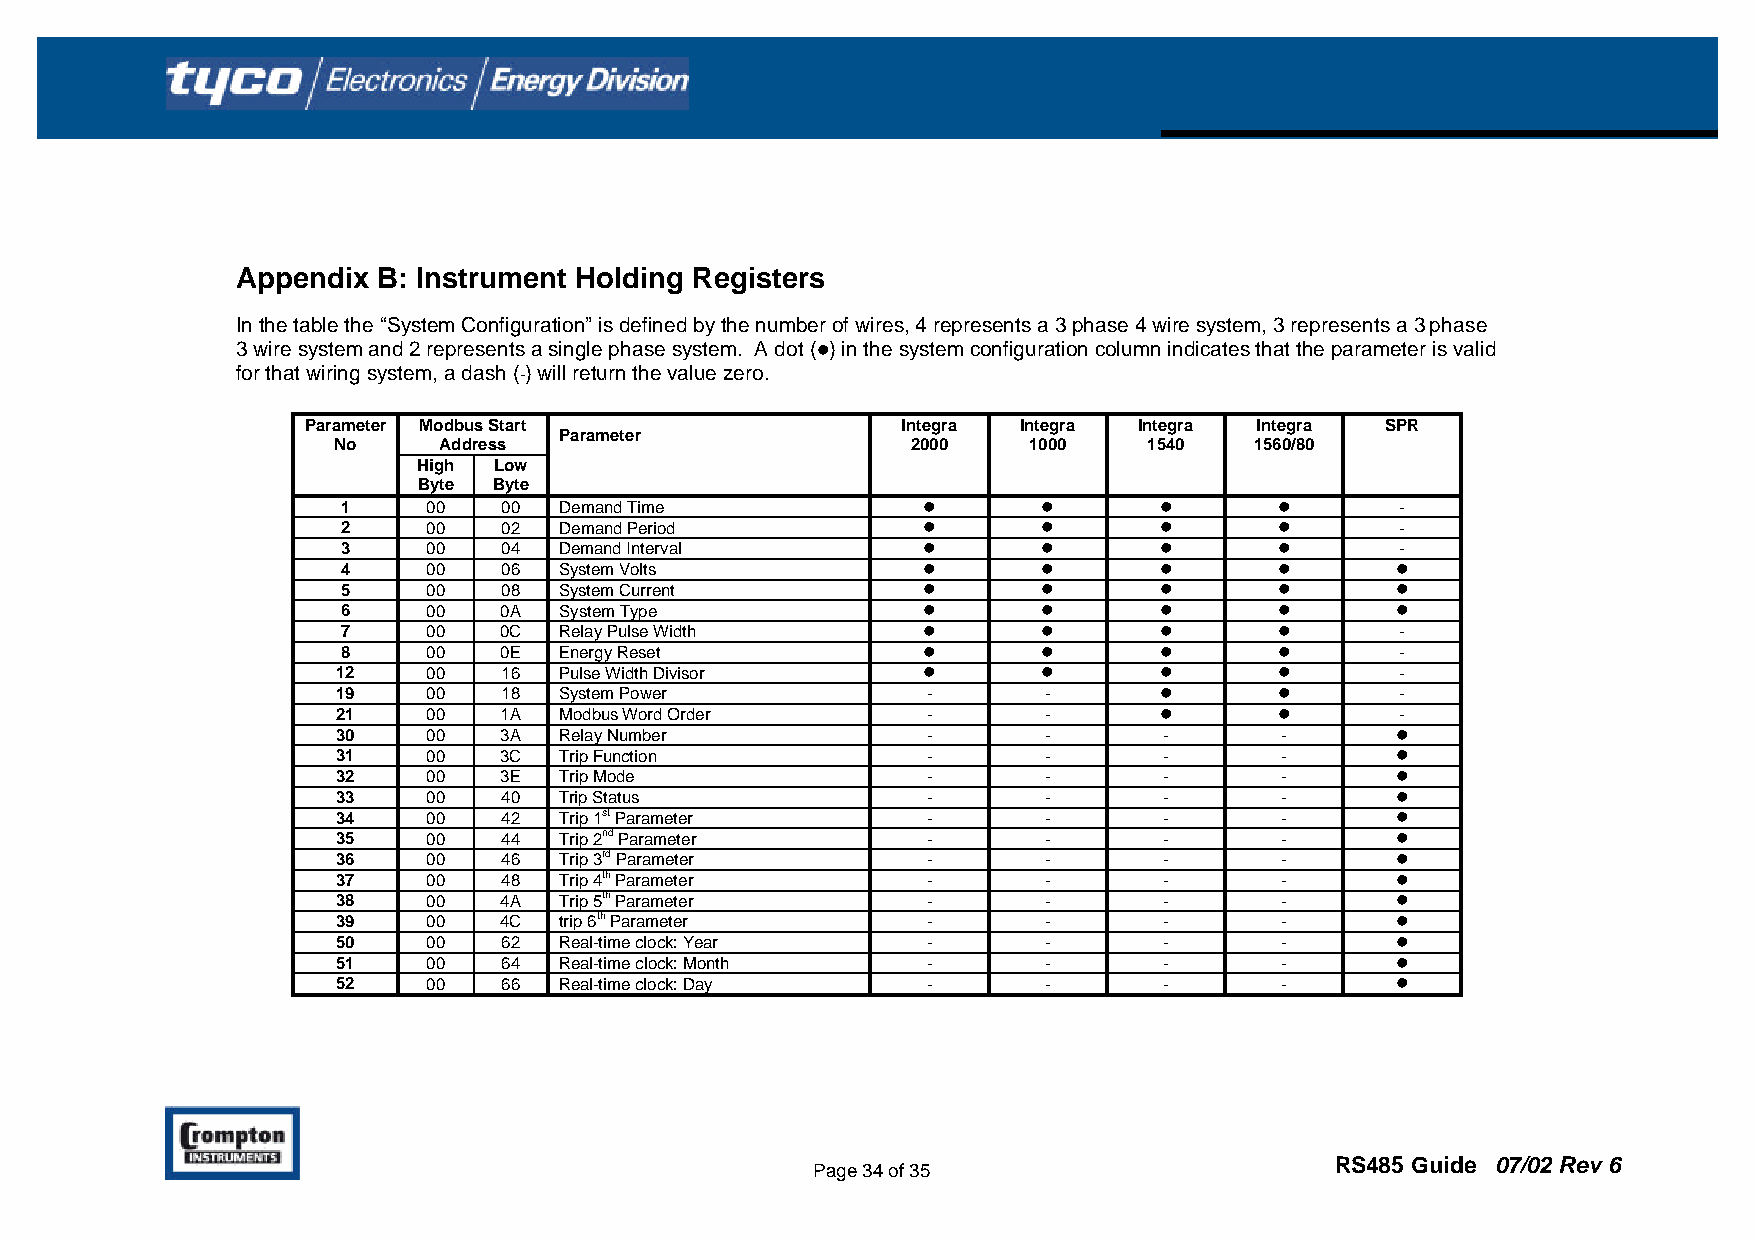
Appendix B: Instrument Holding Registers
 In the table the “System Configuration” is defined by the number of wires, 4 represents a 3 phase 4 wire system, 3 represents a 3 phase
 3 wire system and 2 represents a single phase system. A dot (l) in the system configuration column indicates that the parameter is valid
 for that wiring system, a dash (-) will return the value zero.
 Parameter Modbus Start                  Integra Integra Integra Integra SPR
 Parameter
 No     Address                        2000    1000    1540   1560/80
 High Low
 Byte Byte
 1    00   00  Demand Time             l       l       l       l       -
 2    00   02  Demand Period           l       l       l       l       -
 3    00   04  Demand Interval         l       l       l       l       -
 4    00   06  System Volts            l       l       l       l      l
 5    00   08  System Current          l       l       l       l      l
 6    00   0A  System Type             l       l       l       l      l
 7    00   0C  Relay Pulse Width       l       l       l       l       -
 8    00   0E  Energy Reset            l       l       l       l       -
 12    00   16  Pulse Width Divisor     l       l       l       l       -
 19    00   18  System Power            -       -       l       l       -
 21    00   1A  Modbus Word Order       -       -       l       l       -
 30    00   3A  Relay Number            -       -       -       -      l
 31    00   3C  Trip Function           -       -       -       -      l
 32    00   3E  Trip Mode               -       -       -       -      l
 33    00   40  Trip Status             -       -       -       -      l
 34    00   42  Trip 1st Parameter      -       -       -       -      l
 35    00   44  Trip 2nd Parameter      -       -       -       -      l
 36    00   46  Trip 3rd Parameter      -       -       -       -      l
 37    00   48  Trip 4th Parameter      -       -       -       -      l
 38    00   4A  Trip 5th Parameter      -       -       -       -      l
 39    00   4C  trip 6th Parameter      -       -       -       -      l
 50    00   62  Real-time clock: Year   -       -       -       -      l
 51    00   64  Real-time clock: Month  -       -       -       -      l
 52    00   66  Real-time clock: Day    -       -       -       -      l
 RS485 Guide 07/02 Rev 6
 Page 34 of 35